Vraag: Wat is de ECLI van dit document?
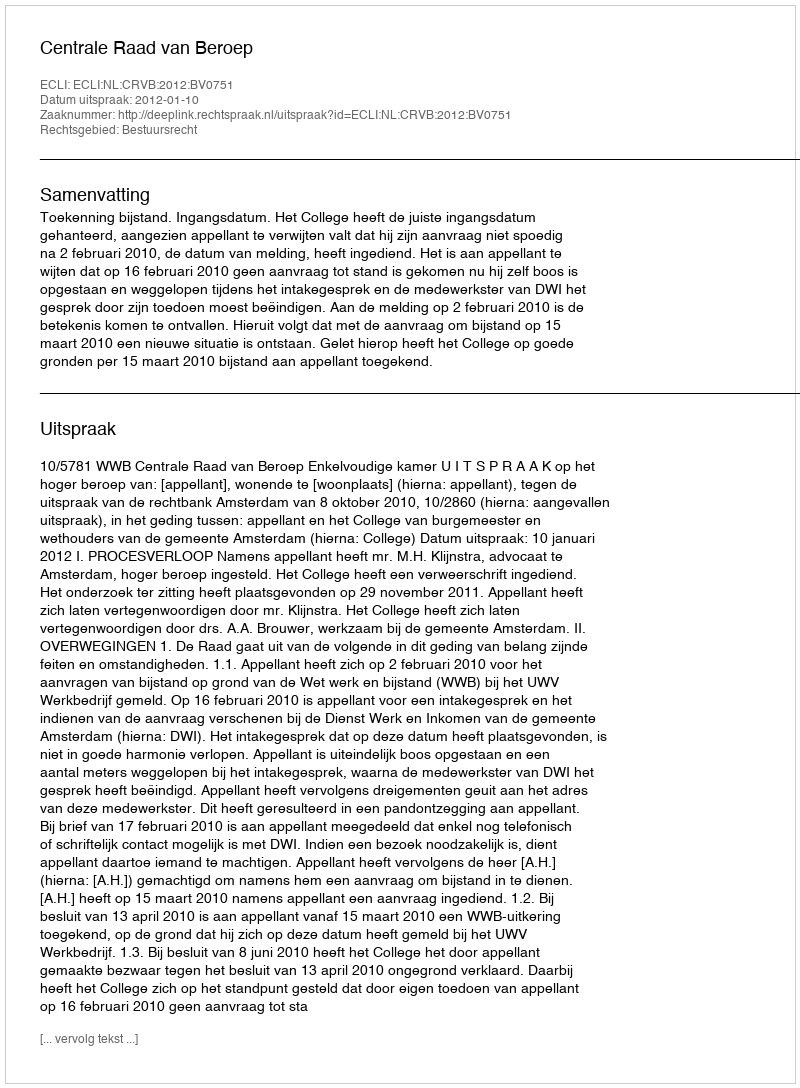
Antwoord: ECLI:NL:CRVB:2012:BV0751